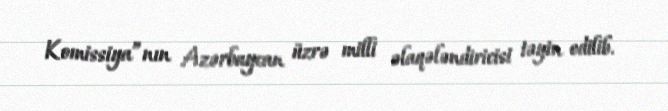
Komissiya”nın Azərbaycan üzrə milli əlaqələndiricisi təyin edilib.